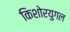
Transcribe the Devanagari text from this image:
किशोरयुगल